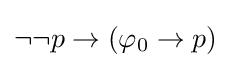
\neg \neg p\to (\varphi _{0}\to p)